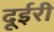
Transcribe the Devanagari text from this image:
दूईरी